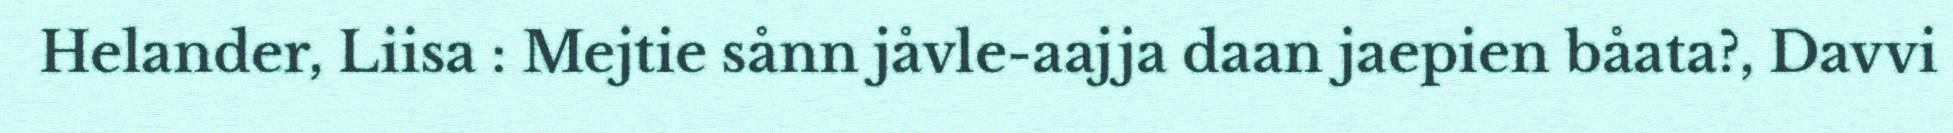
Helander, Liisa : Mejtie sånn jåvle-aajja daan jaepien båata?, Davvi